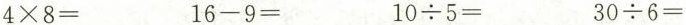
$$4 × 8 =$$ $$1 6 - 9 =$$ $$1 0 \div 5 =$$ $$3 0 \div 6 =$$